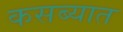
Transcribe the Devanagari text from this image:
कसब्यात